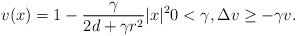
\begin{align*} v(x)=1-\frac{\gamma}{2d+\gamma r^2}|x|^2 0<\gamma, \Delta v\ge -\gamma v. \end{align*}